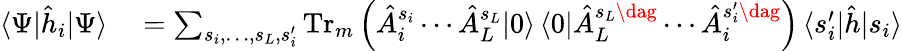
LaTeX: \begin{array}{rl}{\langle\Psi|\hat{h}_{i}|\Psi\rangle}&{{}\stackrel{}{=}\sum_{s_{i},\dotsc,s_{L},s_{i}^{\prime}}\operatorname{Tr}_{m}\Big(\hat{A}_{i}^{s_{i}}\dotsb\hat{A}_{L}^{s_{L}}|0\rangle\, \langle 0|\hat{A}_{L}^{s_{L}\dag}\dotsb\hat{A}_{i}^{s_{i}^{\prime}\dag}\Big)\, \langle s_{i}^{\prime}|\hat{h}|s_{i}\rangle}\end{array}